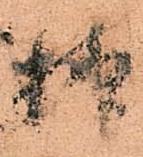
様